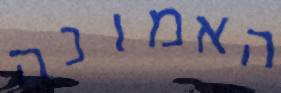
האמונה